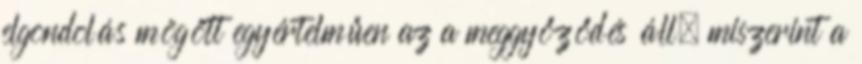
elgondolás mögött egyértelműen az a meggyőződés áll, miszerint a